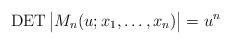
LaTeX: \begin{gather*}\operatorname{DET} \big | M_n(u;x_1,\ldots,x_n) \big | = u^{n}\end{gather*}